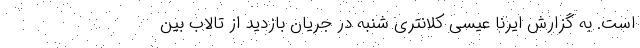
است. به گزارش ایرنا عیسی کلانتری شنبه در جریان بازدید از تالاب بین